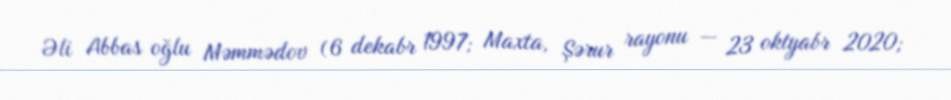
Əli Abbas oğlu Məmmədov (6 dekabr 1997; Maxta, Şərur rayonu — 23 oktyabr 2020;